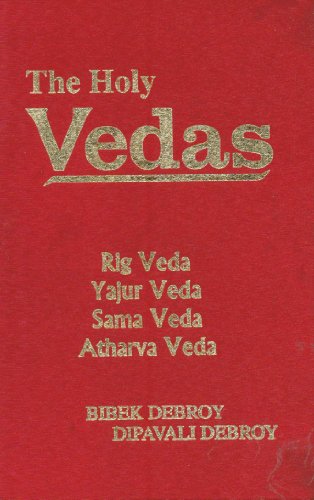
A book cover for The Holy Vedas ; Rig Veda, Yajur Veda, Sama Veda, Atharva Veda; Dipavali Debroy; Religion & Spirituality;